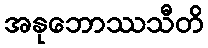
အနုဘောဿသီတိ